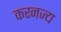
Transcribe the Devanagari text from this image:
करनज्य